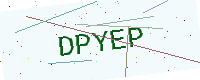
Text: DPYEP